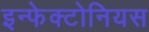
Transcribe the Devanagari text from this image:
इन्फेक्टोनियस